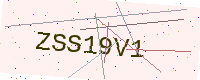
Text: ZSS19V1